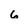
Character: 6